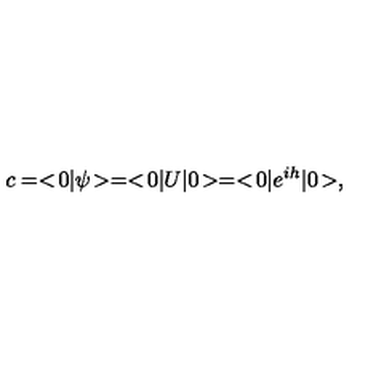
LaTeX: c = < \! 0 | \psi \! > = < \! 0 | U | 0 \! > = < \! 0 | e ^ { i h } | 0 \! > ,